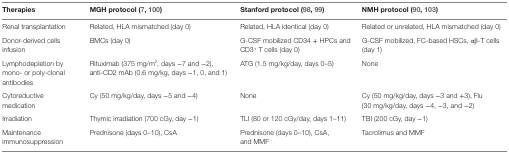
| Therapies | MGH protocol (7, 100) | Stanford protocol (98, 99) | NMH protocol (90, 103) |
 | --- | --- | --- | --- |
 | Renal transplantation | Related, HLA mismatched (day 0) | Related, HLA identical (day 0) | Related or unrelated, HLA mismatched (day 0) |
 | Donor-derived cells infusion | BMCs (day 0) | G-CSF mobilized CD34 + HPCs and CD3+ T cells (day 0) | G-CSF mobilized, FC-based HSCs, αβ-T cells (day 1) |
 | Lymphodepletion by mono- or poly-clonal antibodies | Rituximab (375 mg/m2, days −7 and −2), anti-CD2 mAb (0.6 mg/kg, days −1, 0, and 1) | ATG (1.5 mg/kg/day, days 0–5) | None |
 | Cytoreductive medication | Cy (50 mg/kg/day, days −5 and −4) | None | Cy (50 mg/kg/day, days −3 and +3), Flu (30 mg/kg/day, days −4, −3, and −2) |
 | Irradiation | Thymic irradiation (700 cGy, day −1) | TLI (80 or 120 cGy/day, days 1–11) | TBI (200 cGy, day −1) |
 | Maintenance immunosuppression | Prednisone (days 0–10), CsA | Prednisone (days 0–10), CsA, and MMF | Tacrolimus and MMF |